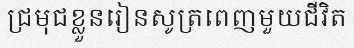
ជ្រមុជខ្លួនរៀនសូត្រពេញមួយជីវិត